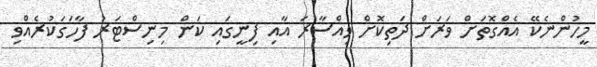
މީހުންނެކޭ އެއްގޮތަށް ވަރަށް ދަތިކޮށް ވިއްސާރަ އާއި ފިނީގައި ކަން މިނިސްޓަރު ފާހަގަކުރެއްވި